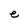
Character: t